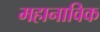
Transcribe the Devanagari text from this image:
महानाविक